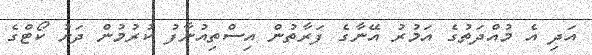
އަދި އެ މުއްދަތުގެ އަމުރު އޭނާގެ ފަރާތުން އިސްތިއުނާފު ކުރުމުން ދަށު ކޯޓްގެ